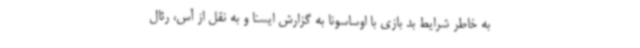
به خاطر شرایط بد بازی با اوساسونا به گزارش ایسنا و به نقل از آس، رئال